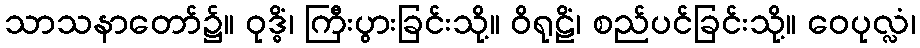
သာသနာတော်၌။ ဝုဒ္ဓိံ၊ ကြီးပွားခြင်းသို့။ ဝိရုဠိံ၊ စည်ပင်ခြင်းသို့။ ဝေပုလ္လံ၊